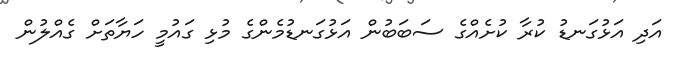
އަދި އަޅުގަނޑު ކުރާ ކުށެއްގެ ސަބަބުން އަޅުގަނޑުމެންގެ މުޅި ގައުމީ ހަޔާތަށް ގެއްލުން